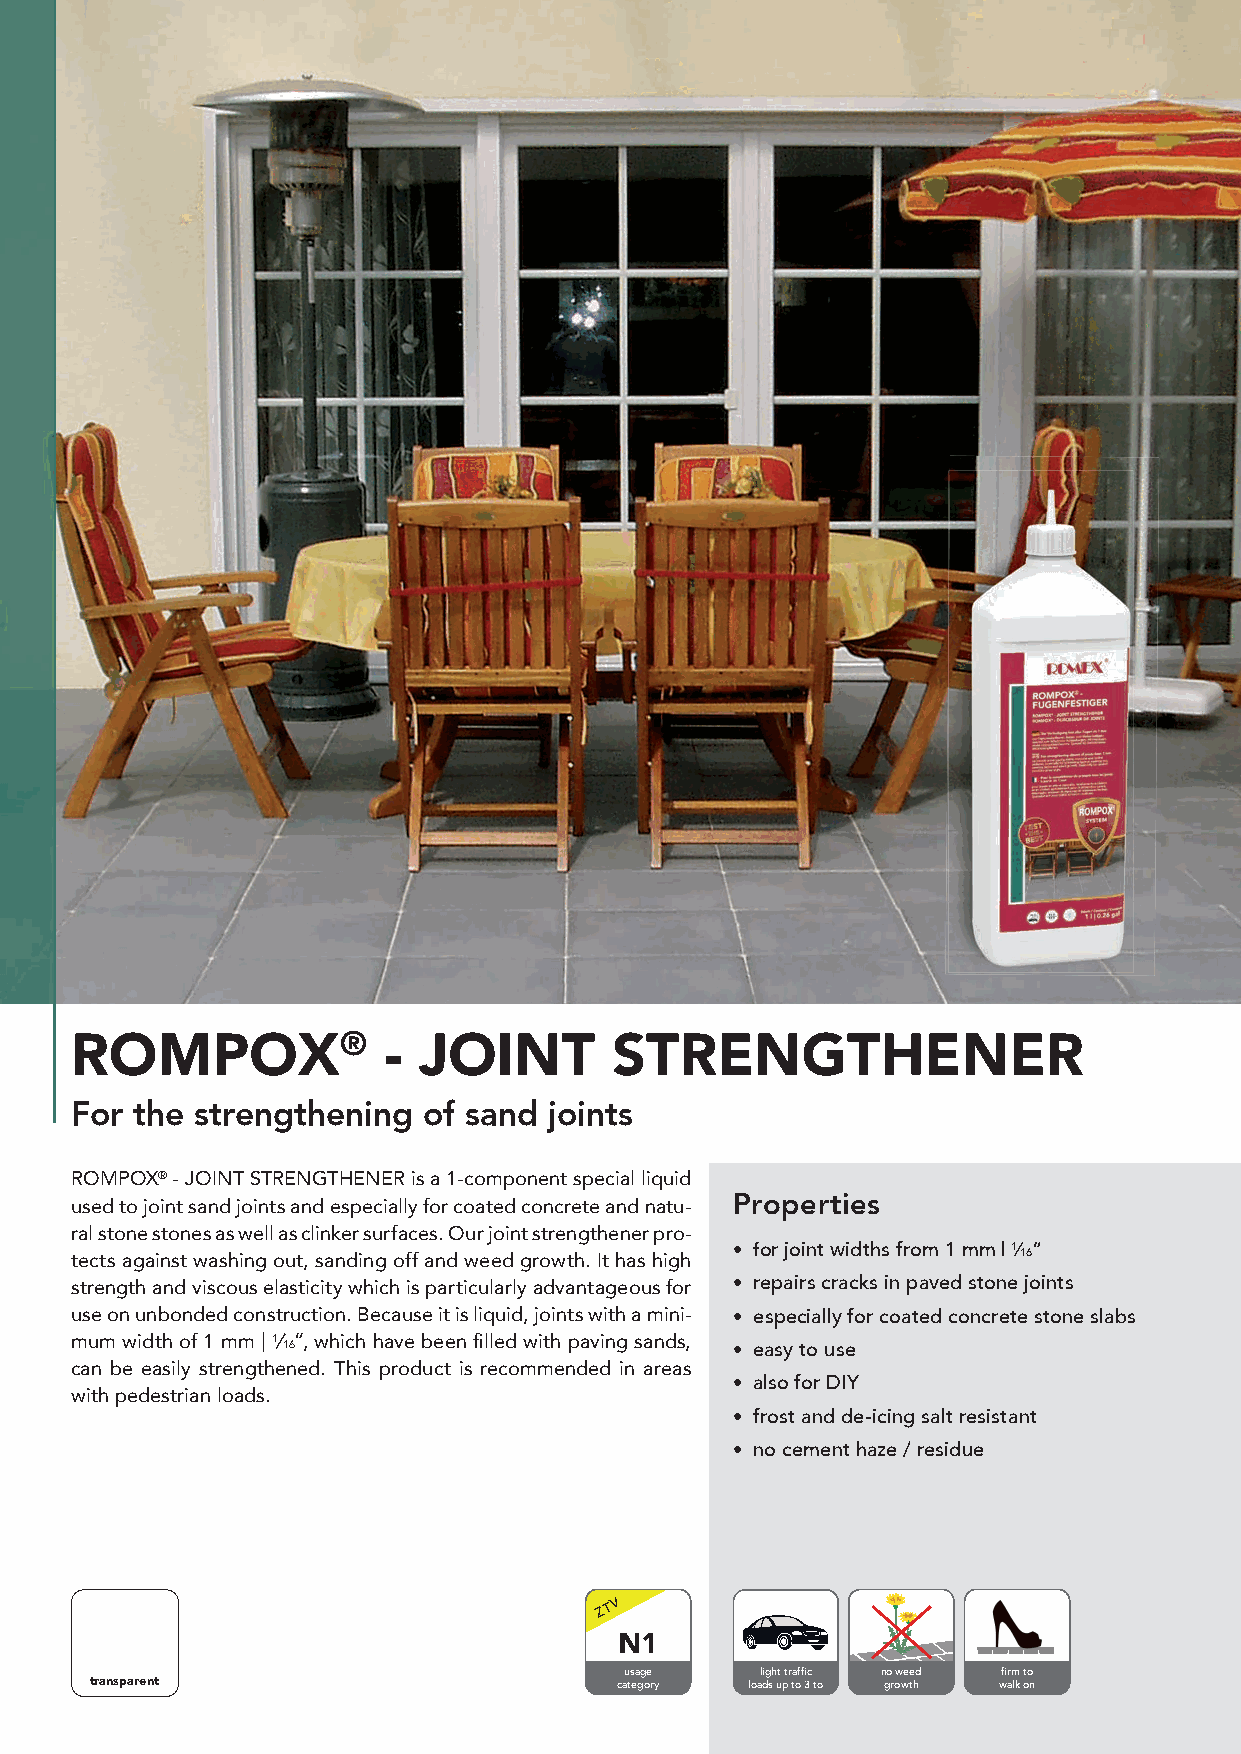
ROMPOX®             -  JOINT        STRENGTHENER
 For the strengthening  of sand joints
 ROMPOX® - JOINT STRENGTHENER is a 1-component special liquid
 Properties
 used to joint sand joints and especially for coated concrete and natu-
 ral stone stones as well as clinker surfaces. Our joint strengthener pro-
 • for joint widths from 1 mm |1⁄ 16“
 tects against washing out, sanding off and weed growth. It has high
 strength and viscous elasticity which is particularly advantageous for • repairs cracks in paved stone joints
 use on unbonded construction. Because it is liquid, joints with a mini- • especially for coated concrete stone slabs
 mum width of 1 mm | 1⁄16“, which have been fi lled with paving sands, • easy to use
 can be easily strengthened. This product is recommended in areas
 • also for DIY
 with pedestrian loads.
 • frost and de-icing salt resistant
 • no cement haze / residue
 Z T V
 N1
 usage    light traffic no weed firm to
 transparent                        category loads up to 3 to growth walk on